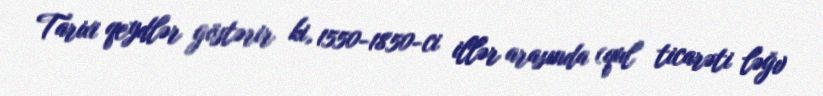
Tarixi qeydlər göstərir ki, 1550-1850-ci illər arasında (qul ticarəti ləğv